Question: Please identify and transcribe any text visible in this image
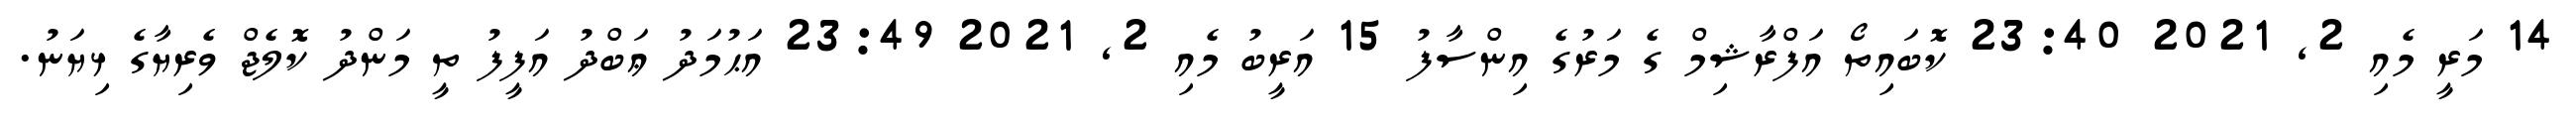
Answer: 14 މަރީ މެއި 2, 2021 23:40 ކޮބައިތޯ އަފްރާޝިމް ގެ މަރުގެ އިންސާފު 15 އަރީބު މެއި 2, 2021 23:49 އަޙުމަދު ޢަބްދު އަފީފު ތީ މަންދު ކޮލެޖް ވެރިޔާގެ ޅިޔަނު.